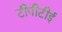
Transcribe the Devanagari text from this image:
टीपीटीई